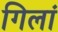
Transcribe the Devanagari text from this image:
गिलां